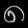
Digit: ၈